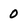
Character: 0